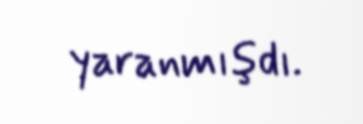
yaranmışdı.